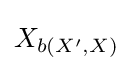
X_{b\left(X',X\right)}